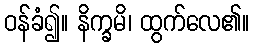
ဝန်ခံ၍။ နိက္ခမိ၊ ထွက်လေ၏။